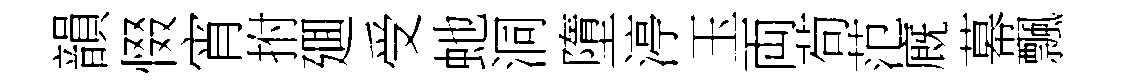
韻惙宵拊廽受虵洞墮渟玉両茍范廐幕飄